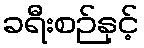
ခရီးစဉ်နှင့်